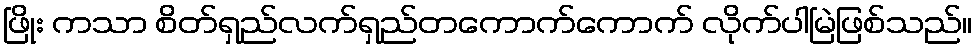
ဖြိုး ကသာ စိတ်ရှည်လက်ရှည်တကောက်ကောက် လိုက်ပါမြဲဖြစ်သည်။